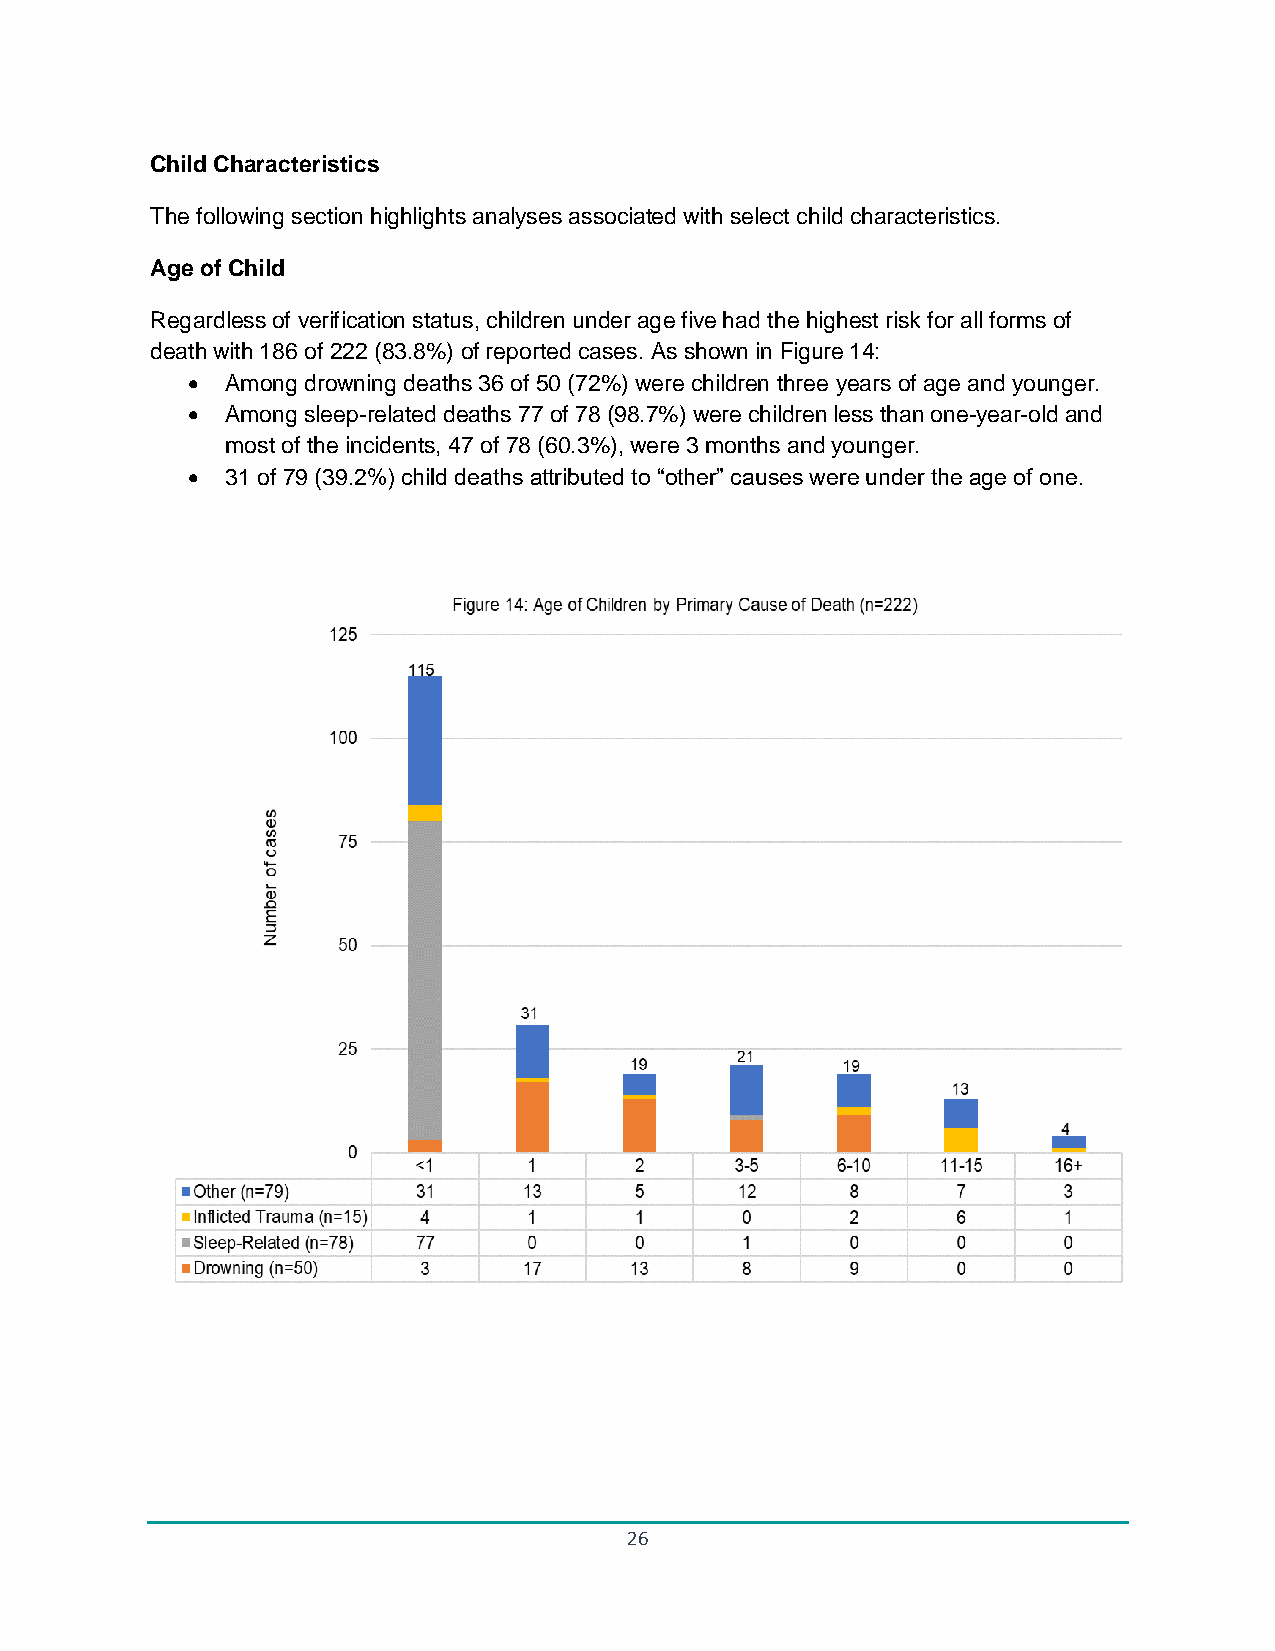
Child Characteristics
 The following section highlights analyses associated with select child characteristics.
 Age of Child
 Regardless of verification status, children under age five had the highest risk for all forms of
 death with 186 of 222 (83.8%) of reported cases. As shown in Figure 14:
 •  Among drowning deaths 36 of 50 (72%) were children three years of age and younger.
 •  Among sleep-related deaths 77 of 78 (98.7%) were children less than one-year-old and
 most of the incidents, 47 of 78 (60.3%), were 3 months and younger.
 •  31 of 79 (39.2%) child deaths attributed to “other” causes were under the age of one.
 26